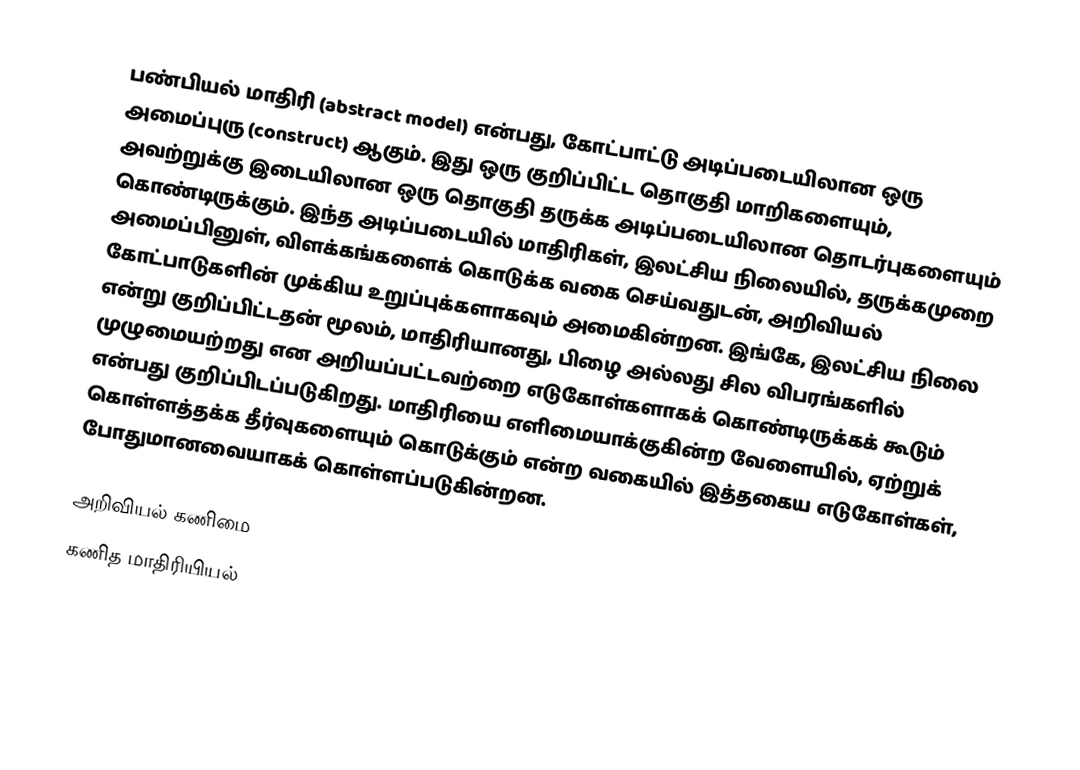
பண்பியல் மாதிரி (abstract model) என்பது, கோட்பாட்டு அடிப்படையிலான ஒரு அமைப்புரு (construct) ஆகும். இது ஒரு குறிப்பிட்ட தொகுதி மாறிகளையும், அவற்றுக்கு இடையிலான ஒரு தொகுதி தருக்க அடிப்படையிலான தொடர்புகளையும் கொண்டிருக்கும். இந்த அடிப்படையில் மாதிரிகள், இலட்சிய நிலையில், தருக்கமுறை அமைப்பினுள், விளக்கங்களைக் கொடுக்க வகை செய்வதுடன், அறிவியல் கோட்பாடுகளின் முக்கிய உறுப்புக்களாகவும் அமைகின்றன. இங்கே, இலட்சிய நிலை என்று குறிப்பிட்டதன் மூலம், மாதிரியானது, பிழை அல்லது சில விபரங்களில் முழுமையற்றது என அறியப்பட்டவற்றை எடுகோள்களாகக் கொண்டிருக்கக் கூடும் என்பது குறிப்பிடப்படுகிறது. மாதிரியை எளிமையாக்குகின்ற வேளையில், ஏற்றுக் கொள்ளத்தக்க தீர்வுகளையும் கொடுக்கும் என்ற வகையில் இத்தகைய எடுகோள்கள், போதுமானவையாகக் கொள்ளப்படுகின்றன.

அறிவியல் கணிமை
கணித மாதிரியியல்